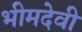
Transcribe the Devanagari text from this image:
भीमदेवी